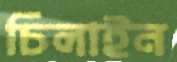
চিলাইন